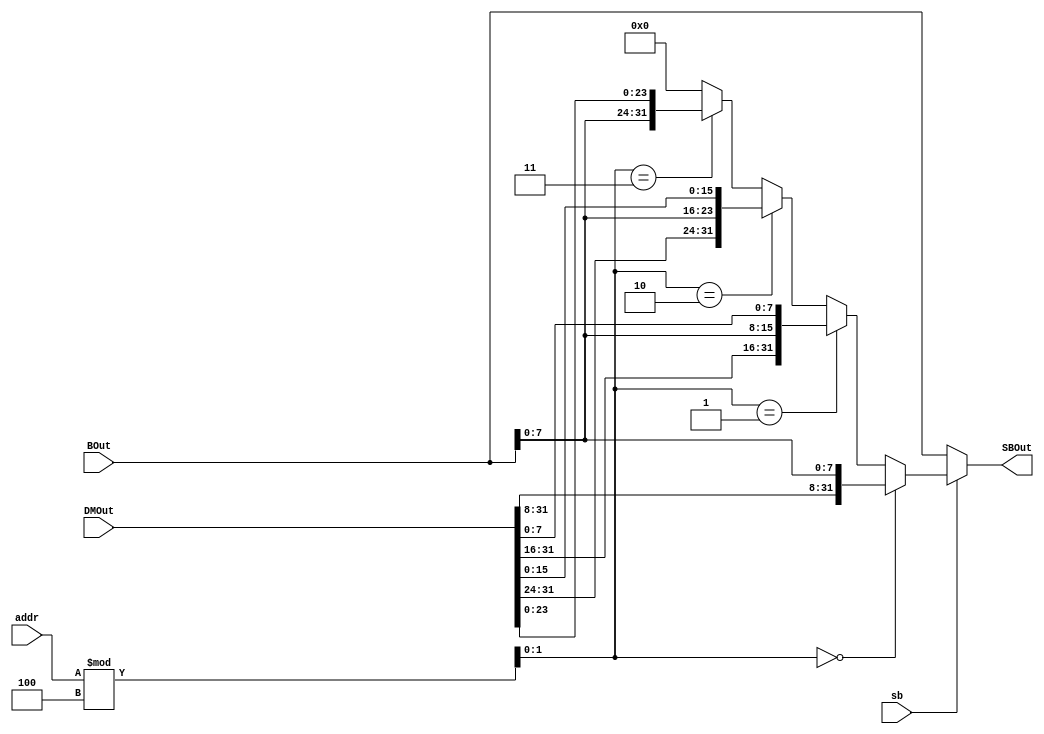
module sb(BOut,addr,sb,SBOut,DMOut);
  input [31:0]DMOut;
  input [31:0]BOut;
  input [9:0]addr;
  input sb;
  output [31:0]SBOut;
  
  wire [31:0]temp;
  wire [1:0]addr2;
  assign addr2=addr%(3'b100);

  
  assign temp=(addr2==2'b00)?{DMOut[31:8],BOut[7:0]}:
              (addr2==2'b01)?{DMOut[31:16],BOut[7:0],DMOut[7:0]}:
              (addr2==2'b10)?{DMOut[31:24],BOut[7:0],DMOut[15:0]}:
              (addr2==2'b11)?{BOut[7:0],DMOut[23:0]}:32'h00000000;
              
  assign SBOut=(sb)?temp:BOut;
  
endmodule